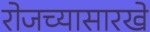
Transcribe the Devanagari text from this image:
रोजच्यासारखे